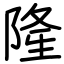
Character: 隆